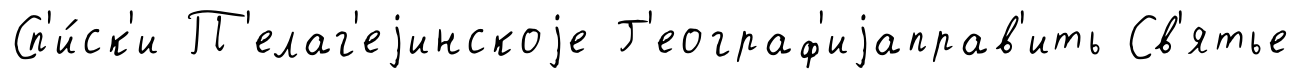
Сп'и́ск'и П'елаг'еjинскоjе Г'еограф'иjаправ'ить Св'ятье